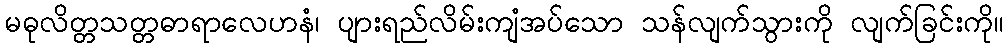
မဓုလိတ္တသတ္တဓာရာလေဟနံ၊ ပျားရည်လိမ်းကျံအပ်သော သန်လျက်သွားကို လျက်ခြင်းကို။